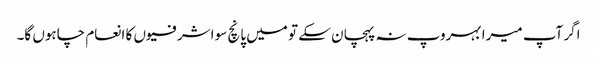
اگر آپ میرا بہروپ نہ پہچان سکے تو میں پانچ سو اشرفیوں کا انعام چاہوں گا۔